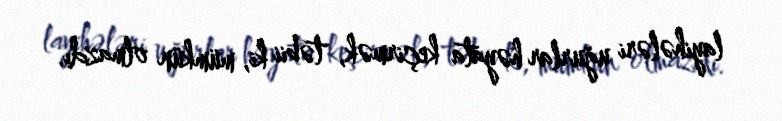
layihələri uğurlar həyata keçirmək, təbii ki, mümkün olmazdı.